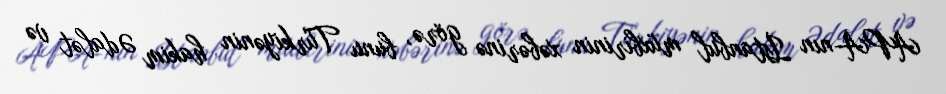
APA-nın İstanbul müxbirinin xəbərinə görə, bunu Türkiyənin hakim Ədalət və